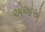
એઓએ